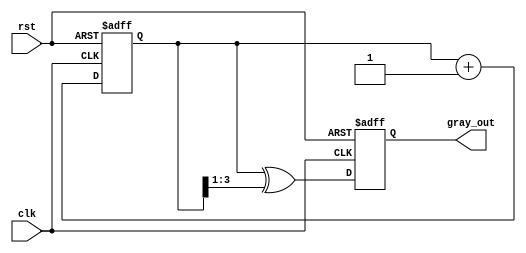
module GrayCodeCounter #(
    parameter N = 4  // Number of bits for the counter (default is 4 bits)
) (
    input wire clk,            // Clock signal
    input wire rst,            // Reset signal
    output reg [N-1:0] gray_out // Gray Code output
);

    reg [N-1:0] binary_count; // Register to hold the current binary count

    // Gray Code conversion function
    function [N-1:0] binary_to_gray;
        input [N-1:0] binary;
        begin
            binary_to_gray = binary ^ (binary >> 1);
        end
    endfunction

    // Always block for counter operation
    always @(posedge clk or posedge rst) begin
        if (rst) begin
            binary_count <= 0;      // Reset binary count to 0
            gray_out <= 0;          // Reset Gray Code output to 0
        end else begin
            binary_count <= binary_count + 1; // Increment binary count
            gray_out <= binary_to_gray(binary_count); // Update Gray Code output
        end
    end

endmodule